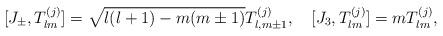
LaTeX: \begin{align*}[J_{\pm}, T^{(j)}_{lm}]= \sqrt{l(l+1)-m(m\pm 1)}T^{(j)}_{l,m \pm 1},\quad [J_3, T^{(j)}_{lm}]= m T^{(j)}_{lm},\end{align*}